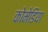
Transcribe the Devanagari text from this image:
कोमेडिया